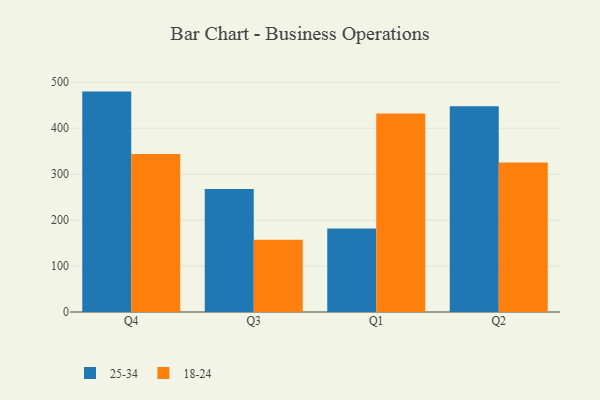
{"axis": {"x": "Quarter", "y": "Energy Usage (MWh)"}, "legend": ["18-24", "25-34"], "data": [{"x": "Q4", "y": 479.7, "type": "25-34"}, {"x": "Q4", "y": 343.7, "type": "18-24"}, {"x": "Q3", "y": 267.9, "type": "25-34"}, {"x": "Q3", "y": 157.5, "type": "18-24"}, {"x": "Q1", "y": 181.9, "type": "25-34"}, {"x": "Q1", "y": 432.3, "type": "18-24"}, {"x": "Q2", "y": 447.7, "type": "25-34"}, {"x": "Q2", "y": 325.5, "type": "18-24"}]}